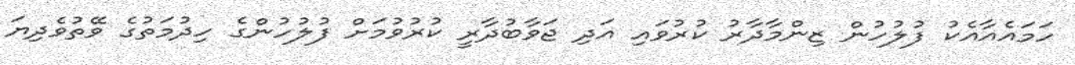
ހަމައެއާއެކު ފުލުހުން ޒިންމާދާރު ކުރުވައި އަދި ޖަވާބުދާރީ ކުރުވުމަށް ފުލުހުންގެ ހިދުމަތުގެ ވޭތުވެދިޔަ